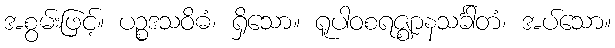
အစွမ်းဖြင့်။ ပဉ္စဒသဝိဓံ၊ ရှိသော။ ရူပါဝစရဇ္ဈာနသင်္ခါတံ၊ အပ်သော။